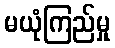
မယုံကြည်မှု